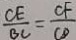
\frac { C E } { B C } = \frac { C F } { C D }